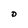
Character: D